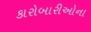
કારોબારીઓના